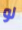
لو